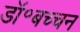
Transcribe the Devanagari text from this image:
डॉ॰बच्चन